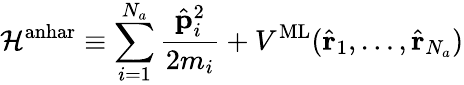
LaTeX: {\cal\mathcal{H}}^{\textrm{{anhar}}}\equiv\sum_{i=1}^{N_{a}}\frac{{{\hat{{\mathbf{p}}}}_{i}^{2}}}{{2m_{i}}}+V^{\textrm{{ML}}}({\hat{{\mathbf{r}}}}_{1},\ldots,{\hat{{\mathbf{r}}}}_{N_{a}})